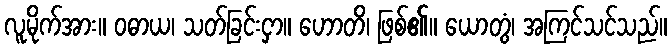
လူမိုက်အား။ ဝဓာယ၊ သတ်ခြင်းငှာ။ ဟောတိ၊ ဖြစ်၏။ ယောတွံ၊ အကြင်သင်သည်။